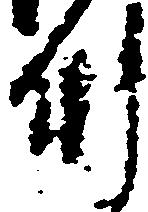
州